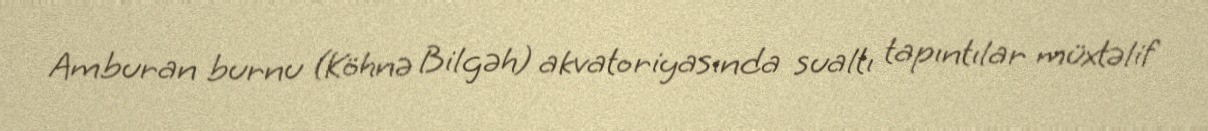
Amburan burnu (Köhnə Bilgəh) akvatoriyasında sualtı tapıntılar müxtəlif